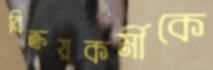
বিক্রয়কর্মীকে